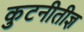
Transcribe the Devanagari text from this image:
कुटनीतीज्ञ